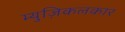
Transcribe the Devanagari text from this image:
म्युज़िकलकार